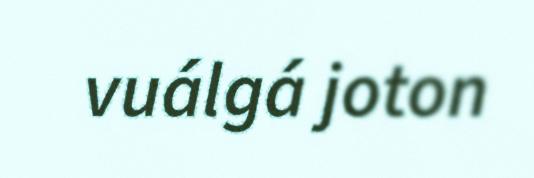
vuálgá joton